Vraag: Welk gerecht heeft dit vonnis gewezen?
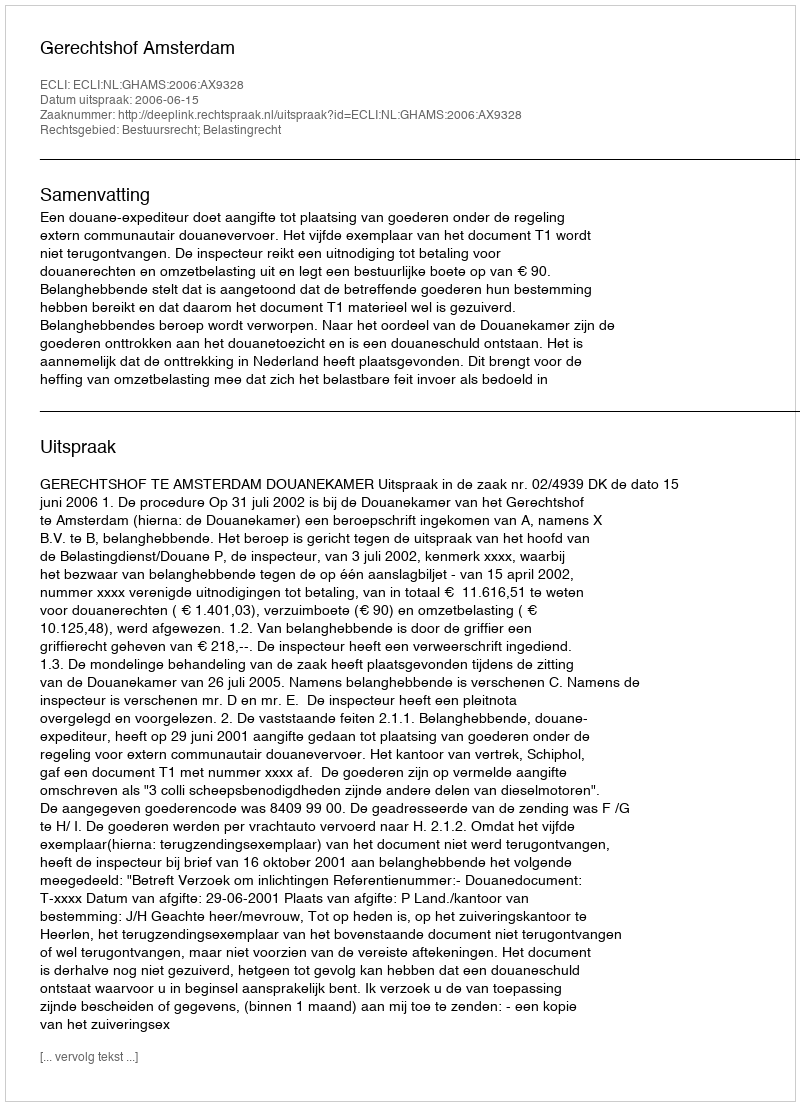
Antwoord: Gerechtshof Amsterdam